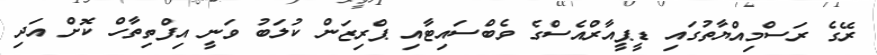
ރޭގެ ރަސްމިއްޔާތުގައި ޑީޕީއާރްއެސްގެ ވެބްސައިޓާއި ޕްރިޒަން ކުލަބު ވަނީ އިފްތިތާހް ކޮށް އަދި